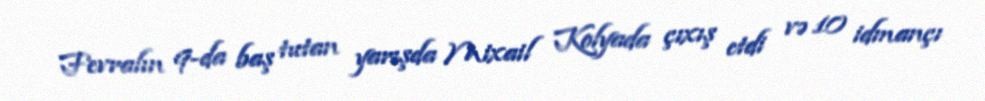
Fevralın 9-da baş tutan yarışda Mixail Kolyada çıxış etdi və 10 idmançı